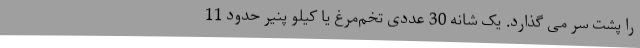
را پشت سر می گذارد. یک شانه 30 عددی تخم‌مرغ یا کیلو پنیر حدود 11